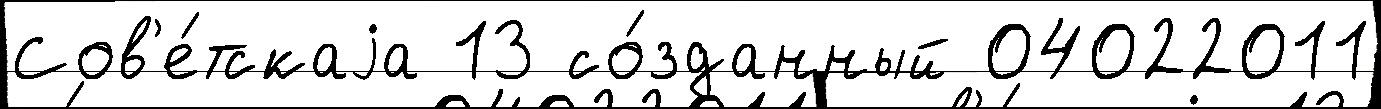
Сов'е́тскаjа 13 со́зданный 04022011